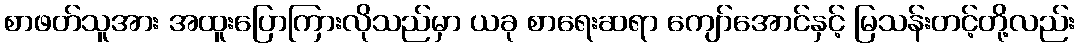
စာဖတ်သူအား အထူးပြောကြားလိုသည်မှာ ယခု စာရေးဆရာ ကျော်အောင်နှင့် မြသန်းတင့်တို့လည်း